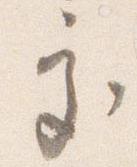
処